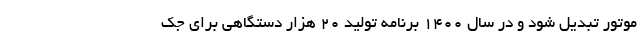
موتور تبدیل شود و در سال 1400 برنامه تولید 20 هزار دستگاهی برای جک